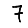
Digit: 7